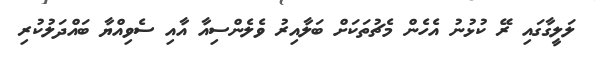
ލަލީގާގައި ރޭ ކުޅުނު އެހެން މެޗުތަކަށް ބަލާއިރު ވެލެންސިއާ އާއި ސެވިއްޔާ ބައްދަލުކުރި